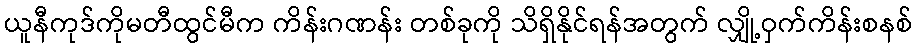
ယူနီကုဒ်ကိုမတီထွင်မီက ကိန်းဂဏန်း တစ်ခုကို သိရှိနိုင်ရန်အတွက် လျှို့ဝှက်ကိန်းစနစ်